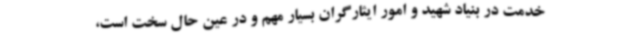
خدمت در بنیاد شهید و امور ایثارگران بسیار مهم و در عین حال سخت است،